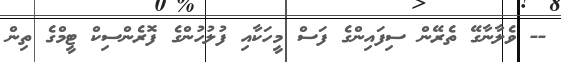
-- ވެލާނާގޭ ތެރޭން ސިފައިންގެ ފަސް މީހަކާއި ފުލުހުންގެ ފޮރެންސިކް ޓީމްގެ ތިން